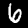
Label: 6